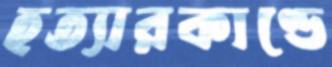
হত্যারকাণ্ডে